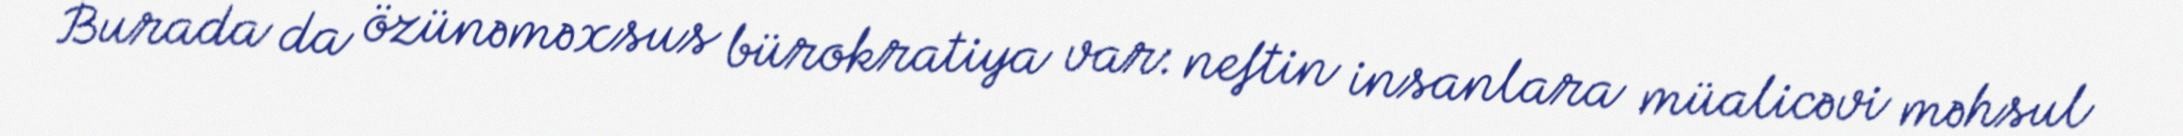
Burada da özünəməxsus bürokratiya var: neftin insanlara müalicəvi məhsul